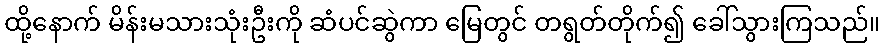
ထို့နောက် မိန်းမသားသုံးဦးကို ဆံပင်ဆွဲကာ မြေတွင် တရွတ်တိုက်၍ ခေါ်သွားကြသည်။